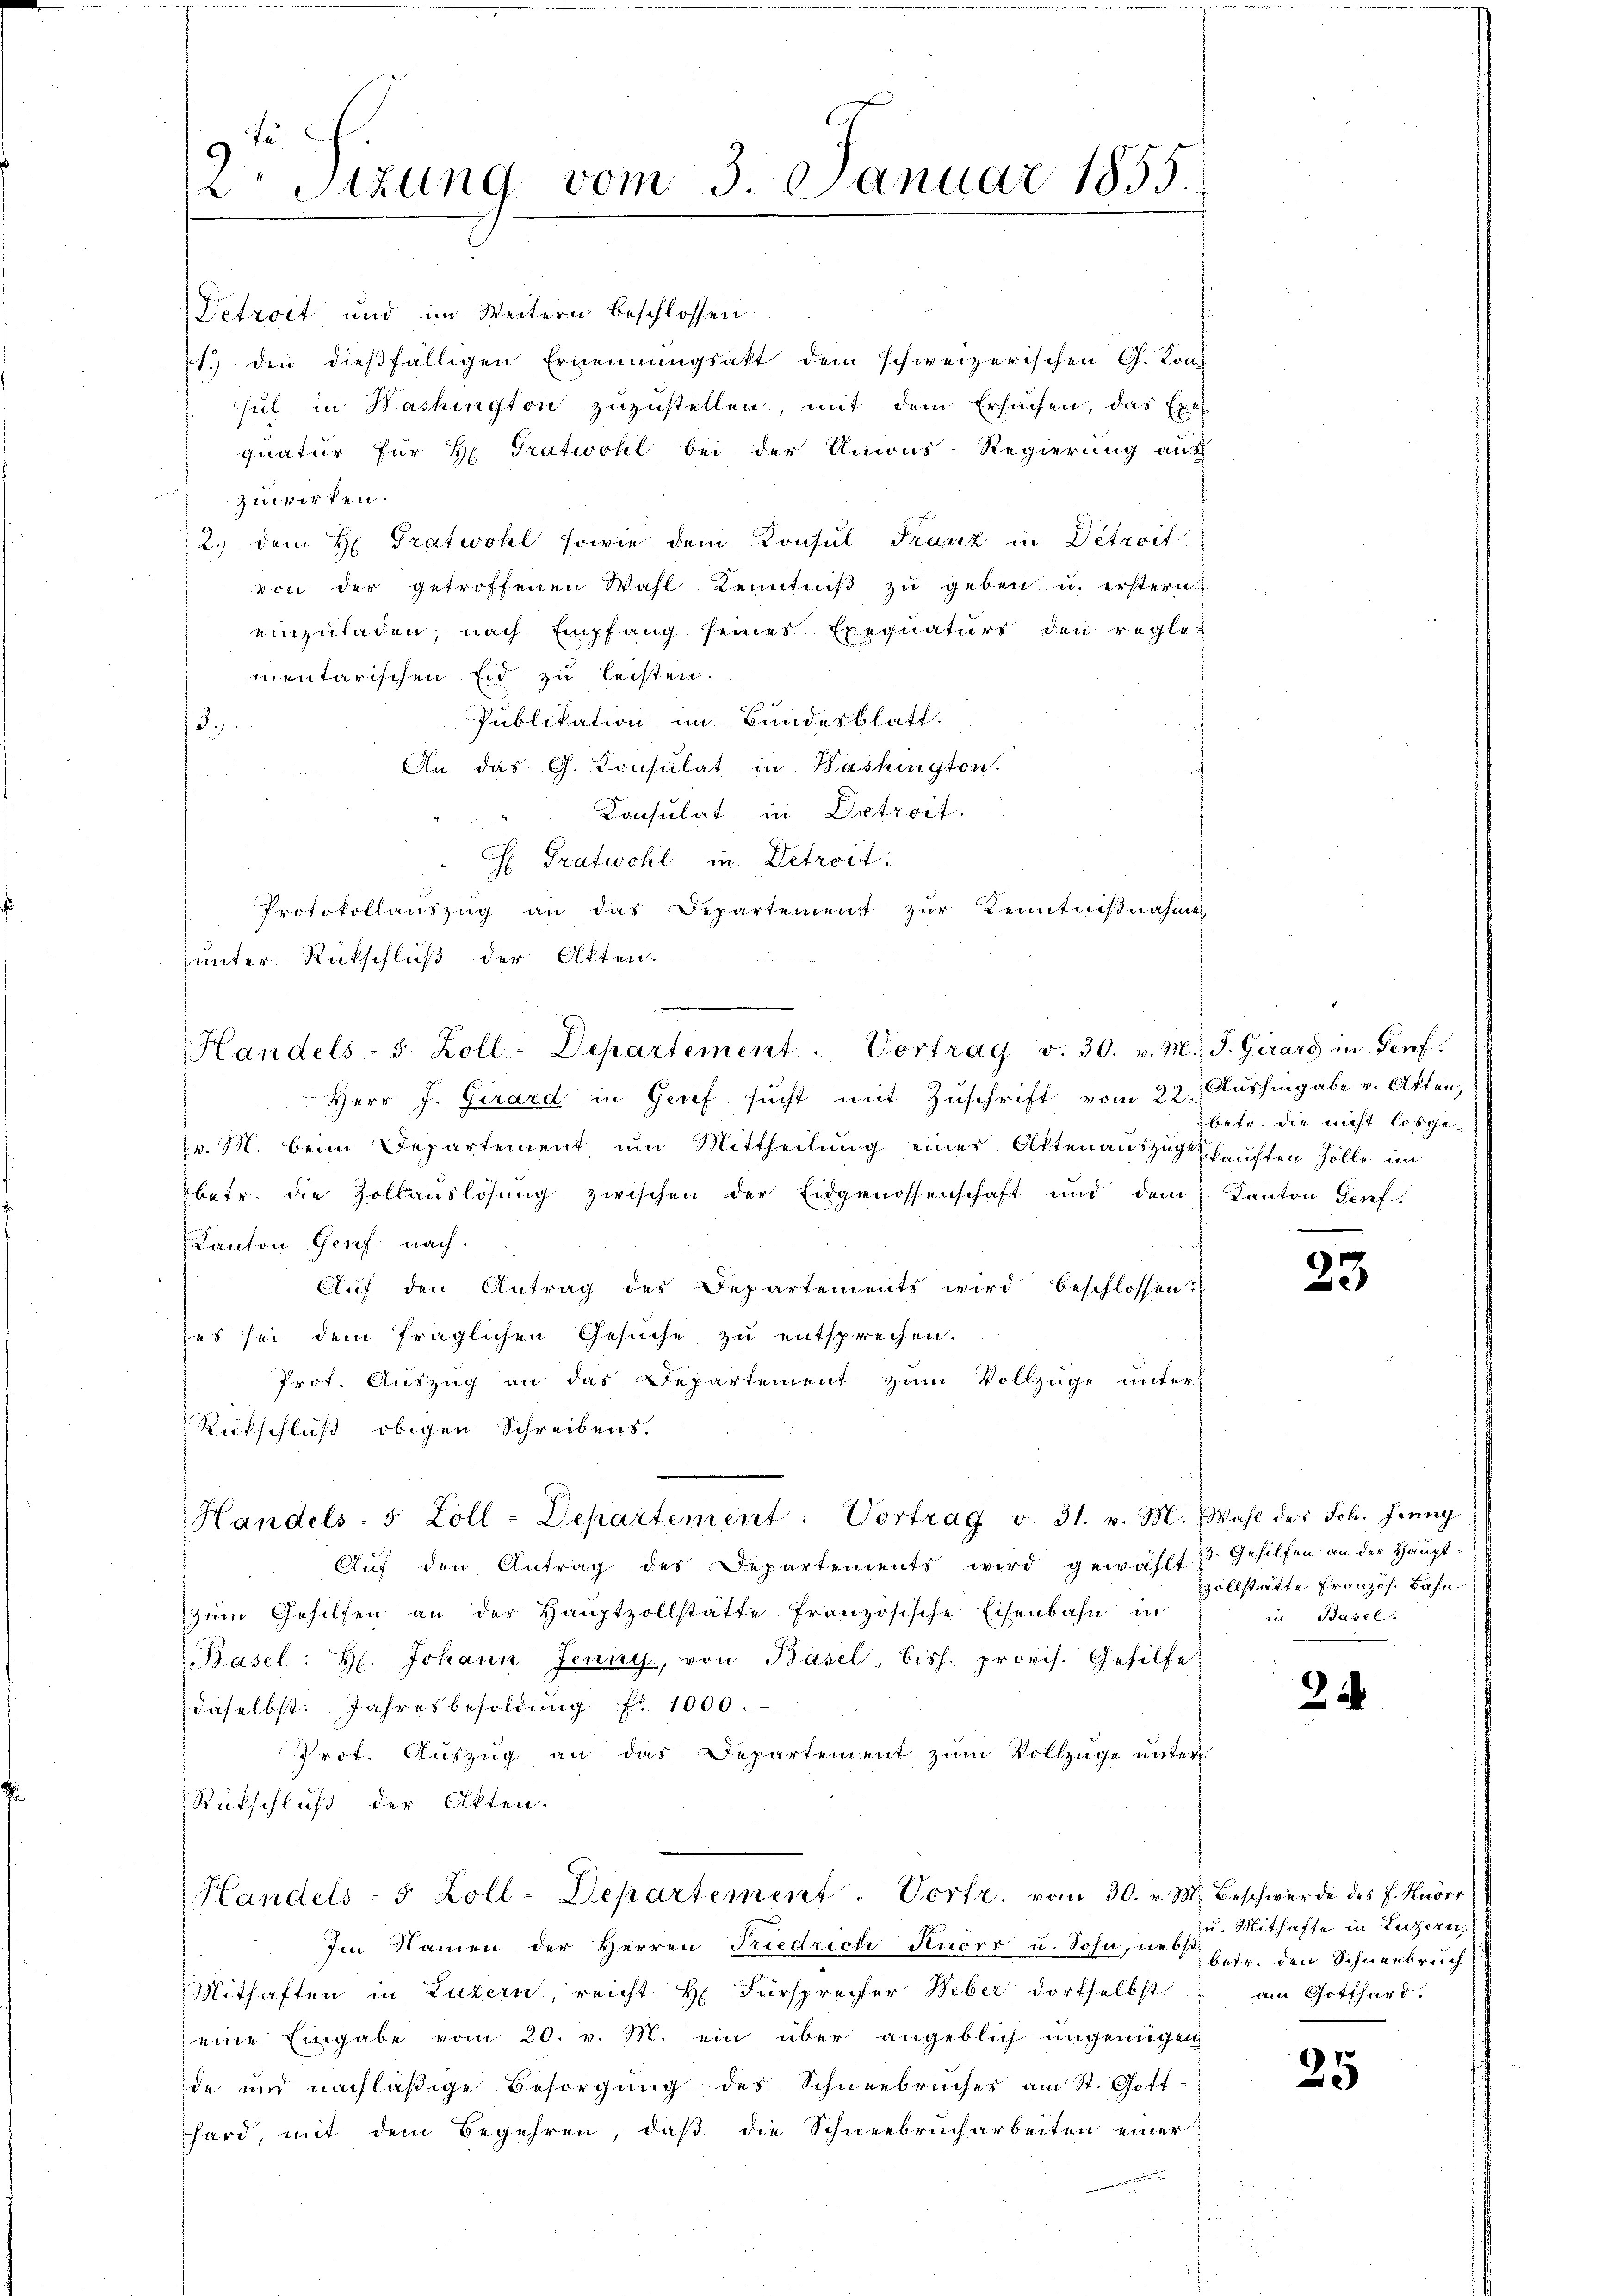
2. Sitzung vom 3. Januar 1855.

Detrost und im Weitern beschlossen:
1. den dießfälligen Ernennungsakt dem schweizerischen G. Kon-
sul in Washington zuzustellen, mit dem Ersuchen, das Exe
quatur für H. Tratwohl bei der Unions-Regierung aus
zuwirken.
12. dem H. Tratwohl sowie dem Konsul Franz in Detroit
von der getroffenen Wahl Kenntniβ zŭ geben, u. erstern
einzuladen, nach Empfang seines Exequaturs den regle-
mentarischen Eid zu leisten.

Publikation im Bandesblatt.
13.)
An das G. Konsulat in Washington.
Konsulat in Detrait.
Ch Gratwohl in Detroit.
Protokollauszug an das Departement zur Kenntnißnahme
unter Rückschluß der Akten.
Herr J. Girard in Grif sucht mit Zuschrift vom 22. Aushingabe v. Otten,
v. M. beim Departement um Mittheilung eines Akten auszugskauften Zölle im
betr. die Zollauslösung zwischen der Eidgenossenschaft und dem Kanton Genf.
Kanton Genf nach.
Aŭf den Antrag des Departements wird beschlossen:
es sei dem fraglichen Gesuche zu entsprechen.
Prot. Auszug an das Departement zum Vollzüge unter
Rütschluß obigen Schreibens.
e
Handels- 5 Zoll-Departement. Vortrag v. 31. v. M. Wahl des Joh. Jrŭng
Aŭf den Antrag des Departements wird gewählt 23. Gehilfen an der Hauptzŭm Gehilfen an der Haŭptzollstätte französische Eisenbahn in
Basel: H. Johann Jenny, von Basel, biss. provis. Gehilfe
daselbst: Jahresbesoldŭng fr. 1000.
Prot. Auszug an das Departement zum Vollzüge unter
Rückschluß der Akten.
Handels- 5 Zoll-Departement. Vortr. vom 30. v. M. Beschwerde des F. Knorr
Im Namen der Herren Friedriche Knorr u. Sohn, wie b
Mithaften in Luzern, reicht H. Fürsprecher Weber dortselbst.
eine Eingabe vom 20. v. M. ein über angeblich ungenügen
de und nachläßige Besorgung des Schneebruches am St. Gott.
hard, mit dem Begehren, daβ die Schweebrucharbeiten einer

Handels- 5 Zoll-Departement. Vortrag v. 30. v. M. J. Girard in Genf.

betr. die nicht losge

.
u

zollstätte Französ. Bahn
in Basel.

22

zu. Mithafte in Luzern,
betr. den Schneebruch
am Gotthard.

25